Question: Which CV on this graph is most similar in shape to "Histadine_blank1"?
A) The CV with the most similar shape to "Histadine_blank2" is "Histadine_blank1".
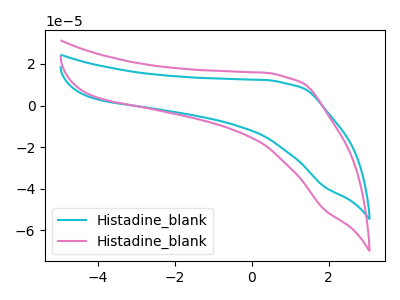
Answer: <think>The cyan curve "Histadine_blank1" has no peaks. The pink curve "Histadine_blank2" has no peaks.
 Neither "Histadine_blank1" or "Histadine_blank2" have any peaks.</think>
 <answer>A) The CV with the most similar shape to "Histadine_blank2" is "Histadine_blank1".</answer>
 <eval>A</eval>